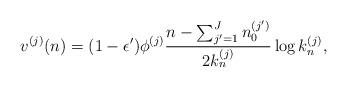
LaTeX: \begin{align*}v^{(j)}(n) = (1-\epsilon') \phi^{(j)} \frac{n-\sum_{j' =1}^{J} n_0^{(j')}}{2 k_n^{(j)}} \log k_n^{(j)} ,\end{align*}